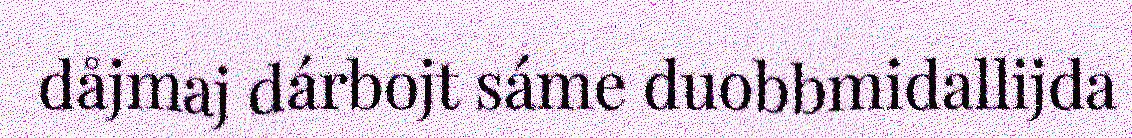
dåjmaj dárbojt sáme duobbmidallijda